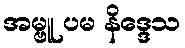
အမ္ဗူ ပမ နိဒ္ဒေသ